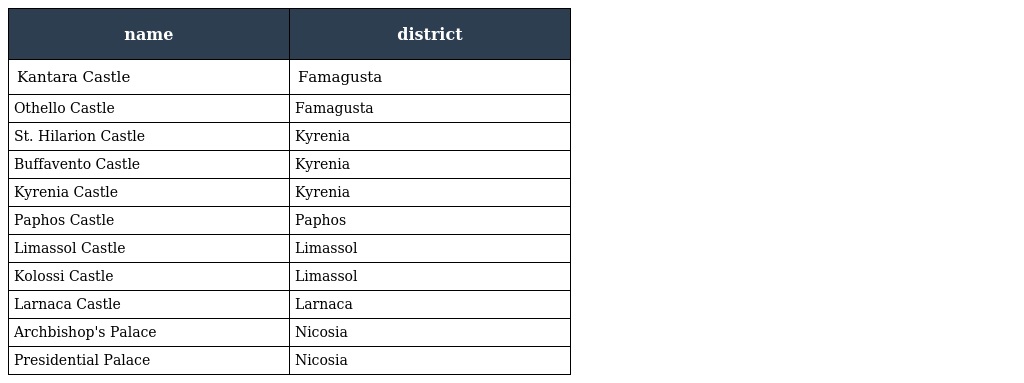
| name | district |
 | --- | --- |
 | Kantara Castle | Famagusta |
 | Othello Castle | Famagusta |
 | St. Hilarion Castle | Kyrenia |
 | Buffavento Castle | Kyrenia |
 | Kyrenia Castle | Kyrenia |
 | Paphos Castle | Paphos |
 | Limassol Castle | Limassol |
 | Kolossi Castle | Limassol |
 | Larnaca Castle | Larnaca |
 | Archbishop's Palace | Nicosia |
 | Presidential Palace | Nicosia |